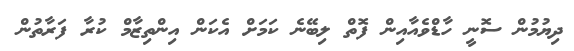
ދިޔުމުން ސޮނީ ހާޑްވެއާއިން ފޮތް ލިބޭނެ ކަމަށް އެކަން އިންތިޒާމް ކުރާ ފަރާތުން